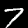
Digit: 7